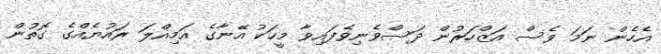
އެހެން ނަމަ ވެސް އަޒްހަރުން ދަސްވެނިވެފައިވާ މީހަކު އޭނާގެ އަމިއްލަ ރައުޔެއްގެ ގޮތުން